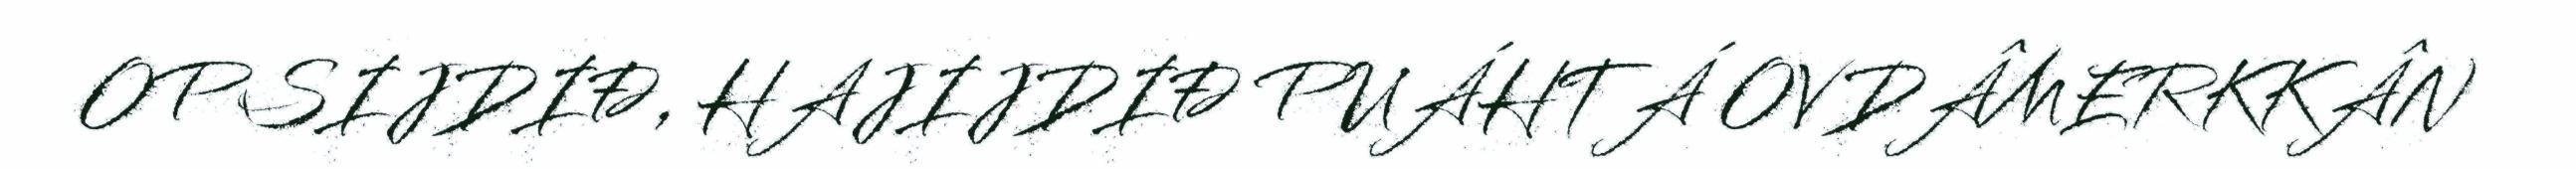
OPSIJDIĐ, HAJIJDIĐ PUÁHTÁ OVDÂMERKKÂN